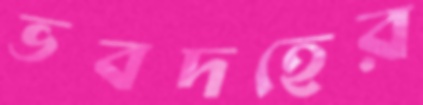
ভবদহের